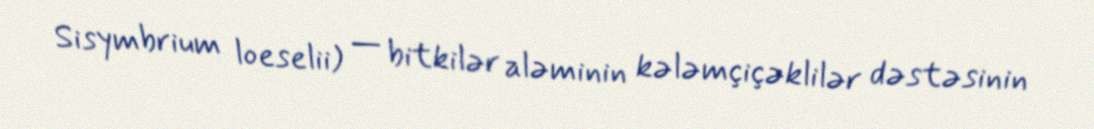
Sisymbrium loeselii) — bitkilər aləminin kələmçiçəklilər dəstəsinin